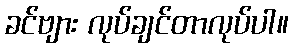
ခင်ဗျား လုပ်ချင်တာလုပ်ပါ။